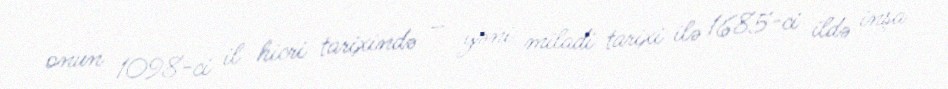
onun 1098-ci il hicri tarixində – yəni miladi tarixi ilə 1685-ci ildə inşa